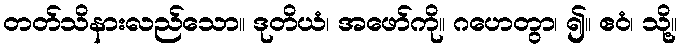
တတ်သိနားလည်သော။ ဒုတိယံ၊ အဖော်ကို။ ဂဟေတွာ၊ ၍။ ဧဝံ၊ သို့။